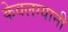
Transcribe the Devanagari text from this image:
केवलग्यानी